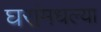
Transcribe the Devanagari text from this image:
घरांमधल्या